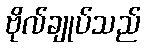
ဗိုလ်ချုပ်သည်